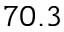
7 0 . 3